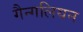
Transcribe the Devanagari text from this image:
गैन्गलियन